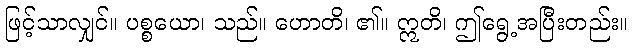
ဖြင့်သာလျှင်။ ပစ္စယော၊ သည်။ ဟောတိ၊ ၏။ ဣတိ၊ ဤရွေ့အပြီးတည်း။